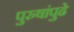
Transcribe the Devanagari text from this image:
पुरुषांपुढे